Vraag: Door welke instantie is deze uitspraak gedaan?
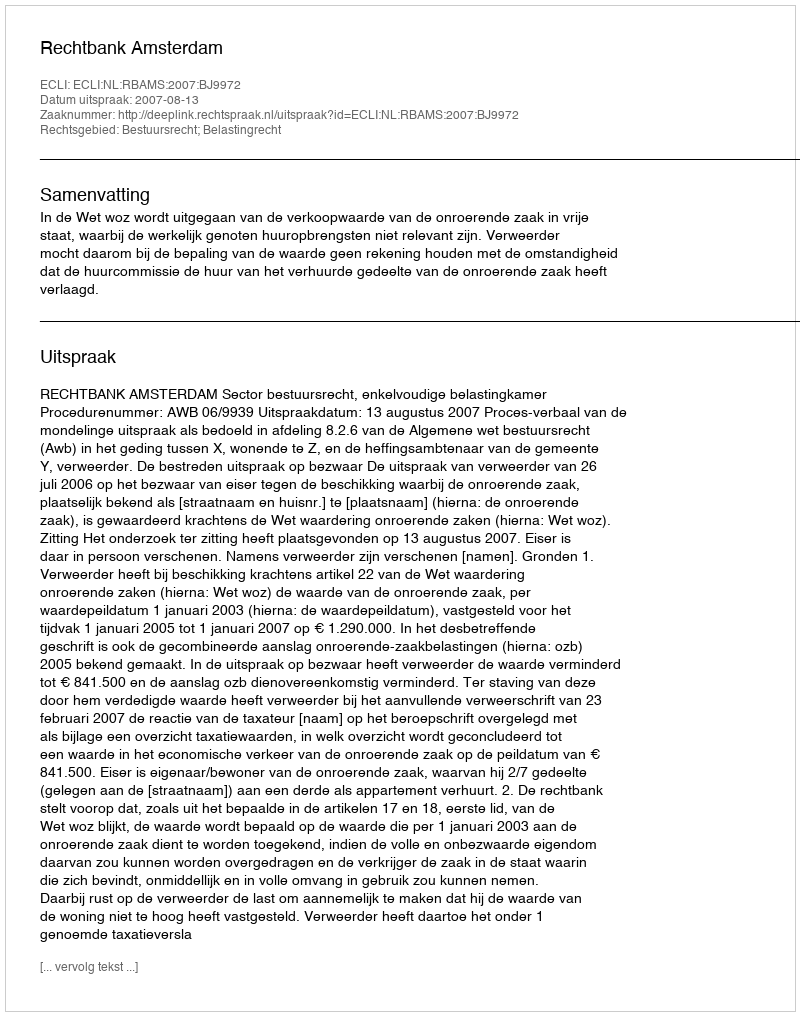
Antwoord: Rechtbank Amsterdam